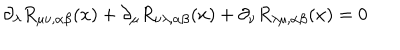
\partial _ { \lambda } R _ { \mu \nu , \alpha \beta } ( x ) + \partial _ { \mu } R _ { \nu \lambda , \alpha \beta } ( x ) + \partial _ { \nu } R _ { \lambda \mu , \alpha \beta } ( x ) = 0